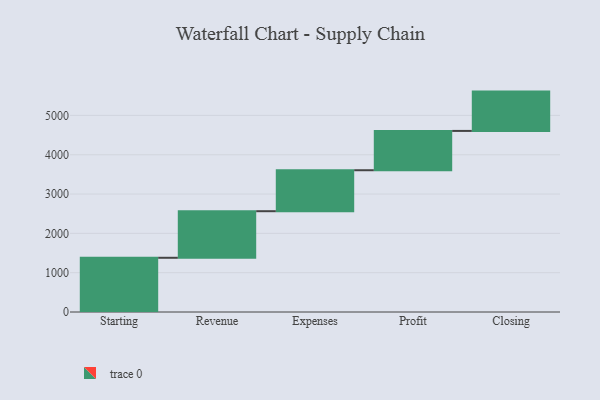
{"axis": {"x": "Step", "y": "Value"}, "legend": [""], "data": [{"x": "Starting", "y": 1379.0, "type": ""}, {"x": "Revenue", "y": 1185.0, "type": ""}, {"x": "Expenses", "y": 1042.0, "type": ""}, {"x": "Profit", "y": 1000, "type": ""}, {"x": "Closing", "y": 1000, "type": ""}]}